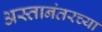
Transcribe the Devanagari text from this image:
अस्तानंतरच्या